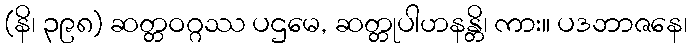
(နိ၊ ၃၉၈) ဆတ္တဝဂ္ဂဿ ပဌမေ, ဆတ္တုပါဟနန္တိ၊ ကား။ ပဒဘာဇနေ၊